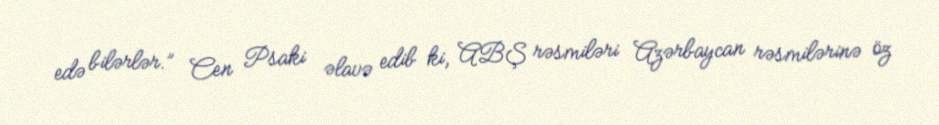
edə bilərlər.” Cen Psaki əlavə edib ki, ABŞ rəsmiləri Azərbaycan rəsmilərinə öz